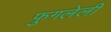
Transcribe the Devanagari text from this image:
फुगलेली